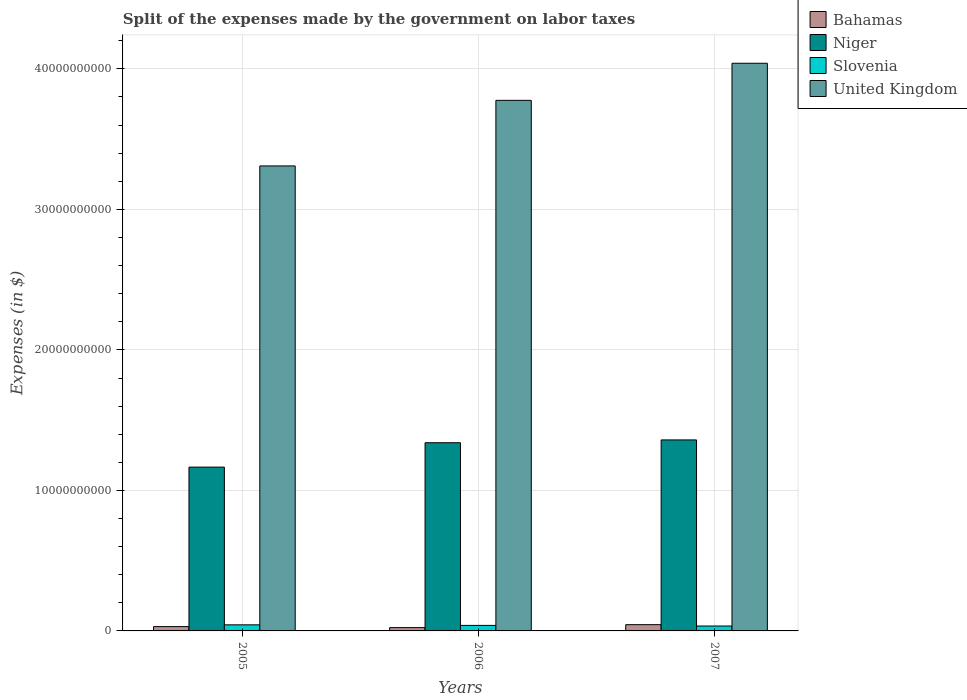
| Years | Bahamas | Niger | Slovenia | United Kingdom |
 | --- | --- | --- | --- | --- |
 | 2005 | 3.07e+08 | 1.17e+10 | 4.33e+08 | 3.31e+10 |
 | 2006 | 2.35e+08 | 1.34e+10 | 3.93e+08 | 3.78e+10 |
 | 2007 | 4.46e+08 | 1.36e+10 | 3.49e+08 | 4.04e+10 |